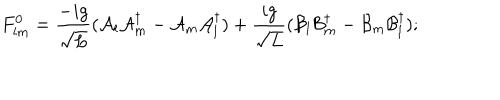
F _ { l m } ^ { 0 } = \frac { - i g } { \sqrt { L } } ( { \cal A } _ { l } { \cal A } _ { m } ^ { \dagger } - { \cal A } _ { m } { \cal A } _ { l } ^ { \dagger } ) + \frac { i g } { \sqrt { L } } ( { \cal B } _ { l } { \cal B } _ { m } ^ { \dagger } - { \cal B } _ { m } { \cal B } _ { l } ^ { \dagger } ) ;